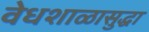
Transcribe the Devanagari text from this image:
वेधशाळासुद्धा